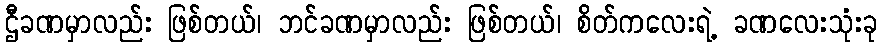
ဌီခဏမှာလည်း ဖြစ်တယ်၊ ဘင်ခဏမှာလည်း ဖြစ်တယ်၊ စိတ်ကလေးရဲ့ ခဏလေးသုံးခု